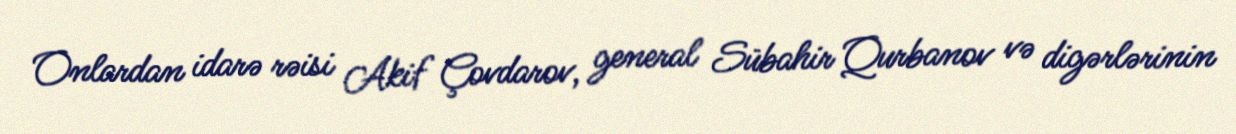
Onlardan idarə rəisi Akif Çovdarov, general Sübahir Qurbanov və digərlərinin